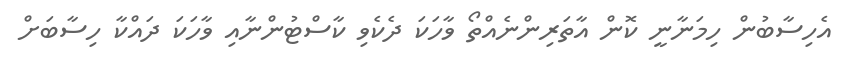
އެހިސާބުން ހިމަނާނީ ކޮން އާތަރިންނެއްތޯ ވާހަކަ ދެކެވި ކާސްޓުންނާއި ވާހަކަ ދައްކާ ހިސާބަށް